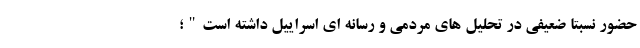
حضور نسبتا ضعیفی در تحلیل های مردمی و رسانه ای اسراییل داشته است"؛